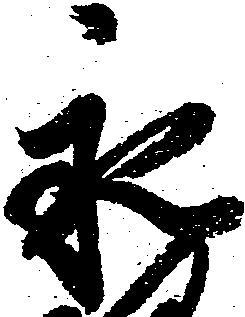
永